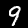
Digit: 9